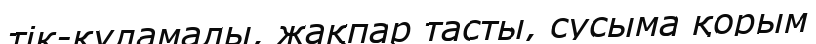
тік-құламалы, жақпар тасты, сусыма қорым